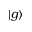
| g \rangle